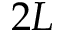
2 L